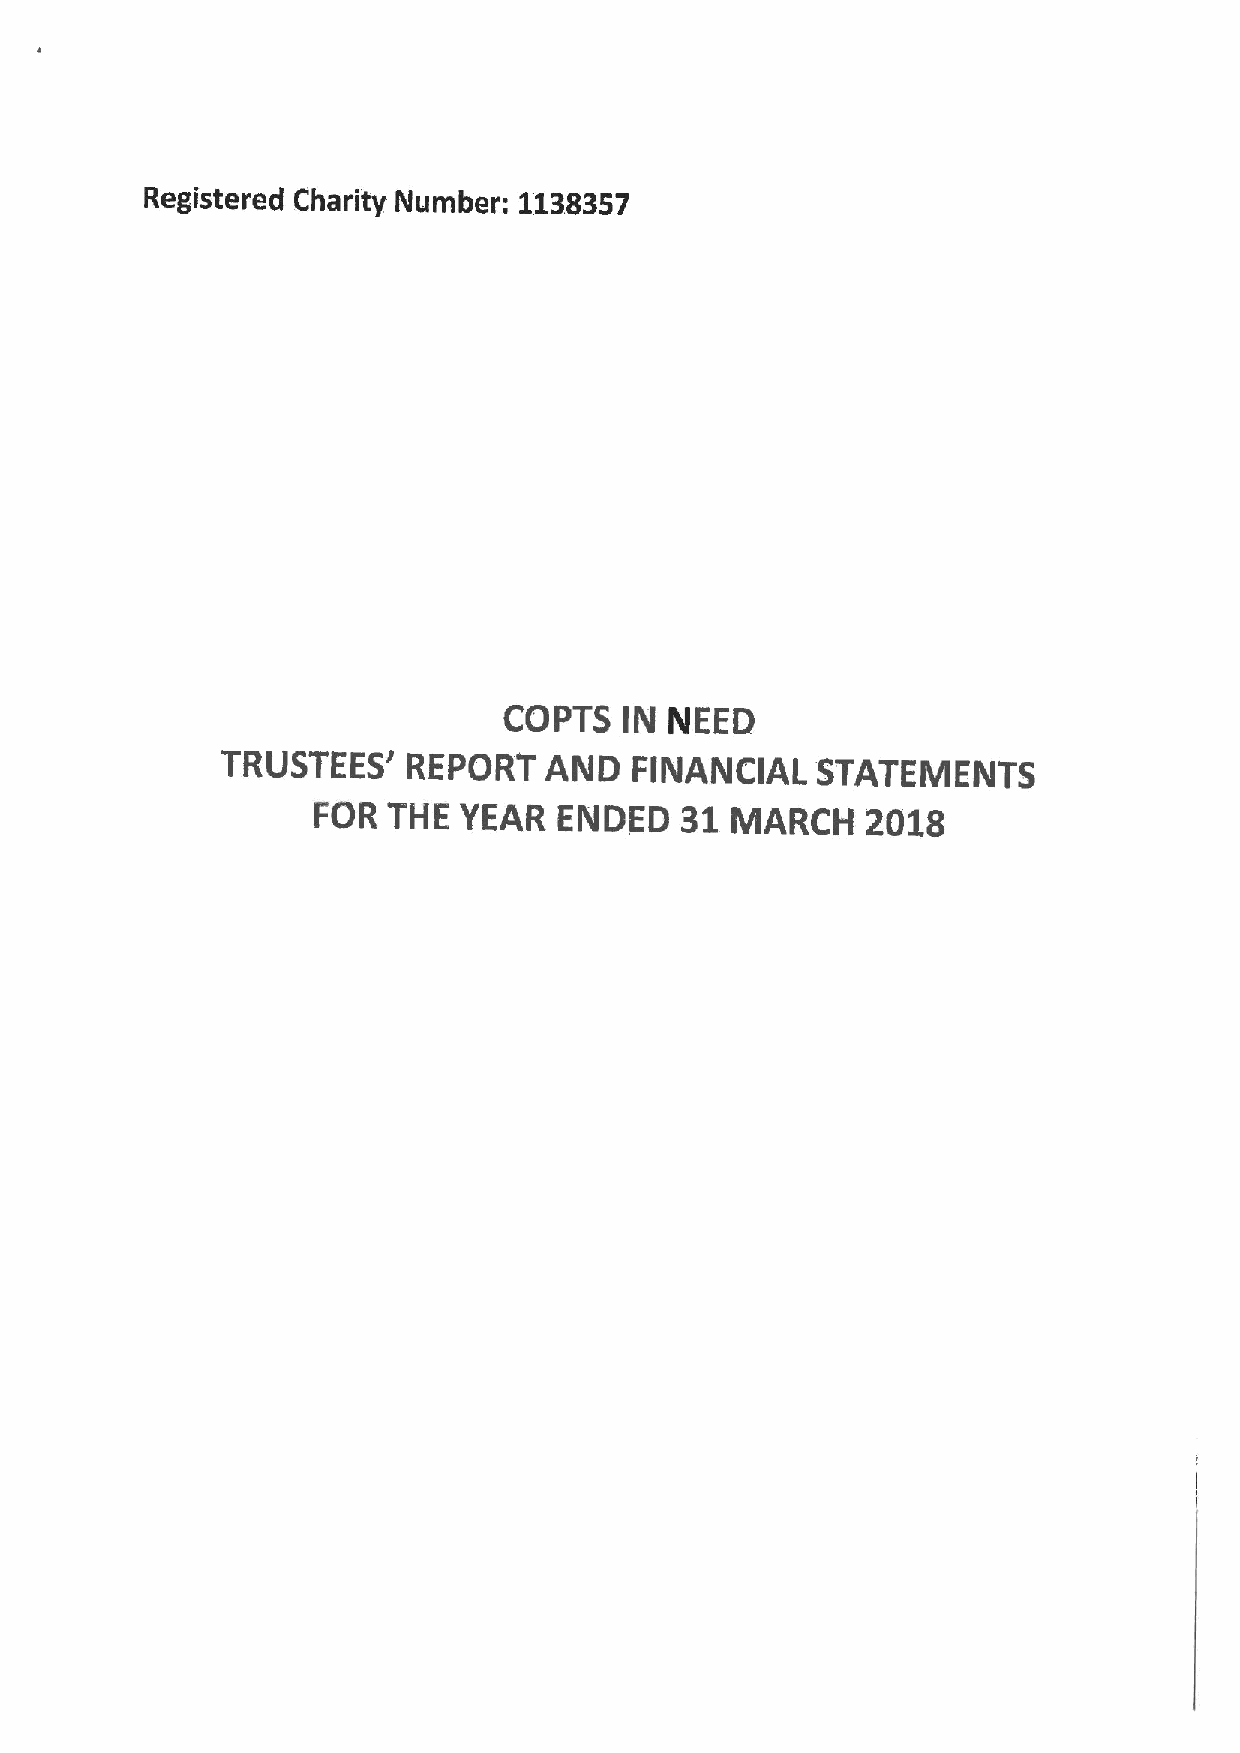
Registered Charity Number: 1138357
 COPTS   IN NEED
 TRUSTEES'   REPORT   AND   FINANCIAL   STATEMENTS
 FOR  THE YEAR   ENDED   31 MARCH    2018